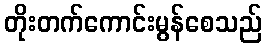
တိုးတက်ကောင်းမွန်စေသည်